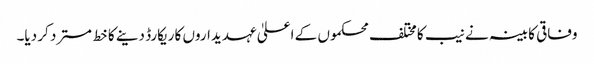
وفاقی کابینہ نے نیب کا مختلف محکموں کے اعلیٰ عہدیداروں کا ریکارڈ دینے کا خط مسترد کر دیا۔